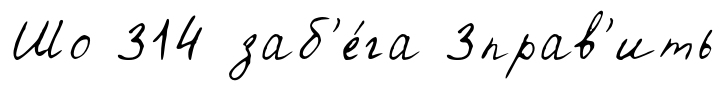
Шо 314 заб'е́га 3прав'ить